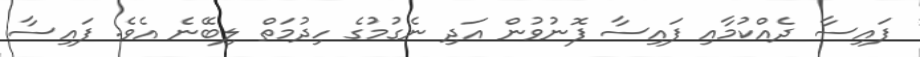
ފައިސާ ދެއްކުމާއި ފައިސާ ފޮނުވުން އަދި ނެގުމުގެ ހިދުމަތް ލިބޭނެ އެވެ. ފައިސާ